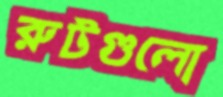
রুটগুলো